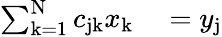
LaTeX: \begin{array}{rl}{\sum_{\mathrm{k}=1}^{\mathrm{N}}c_{\mathrm{jk}}x_{\mathrm{k}}}&{{}=y_{\mathrm{j}}}\end{array}